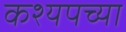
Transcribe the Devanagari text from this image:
कश्यपच्या